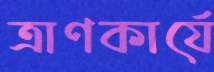
ত্রাণকার্যে